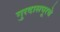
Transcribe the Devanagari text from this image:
गुरदासपूरचे